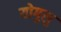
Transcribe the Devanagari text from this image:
योगुलु